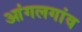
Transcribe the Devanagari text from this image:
आंगलगांव